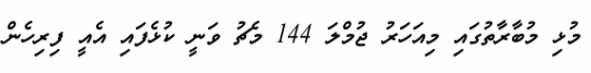
މުޅި މުބާރާތުގައި މިއަހަރު ޖުމްލަ 144 މެޗު ވަނީ ކުޅެފައި އެއީ ފިރިހެން